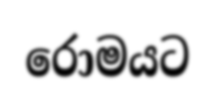
රොමයට